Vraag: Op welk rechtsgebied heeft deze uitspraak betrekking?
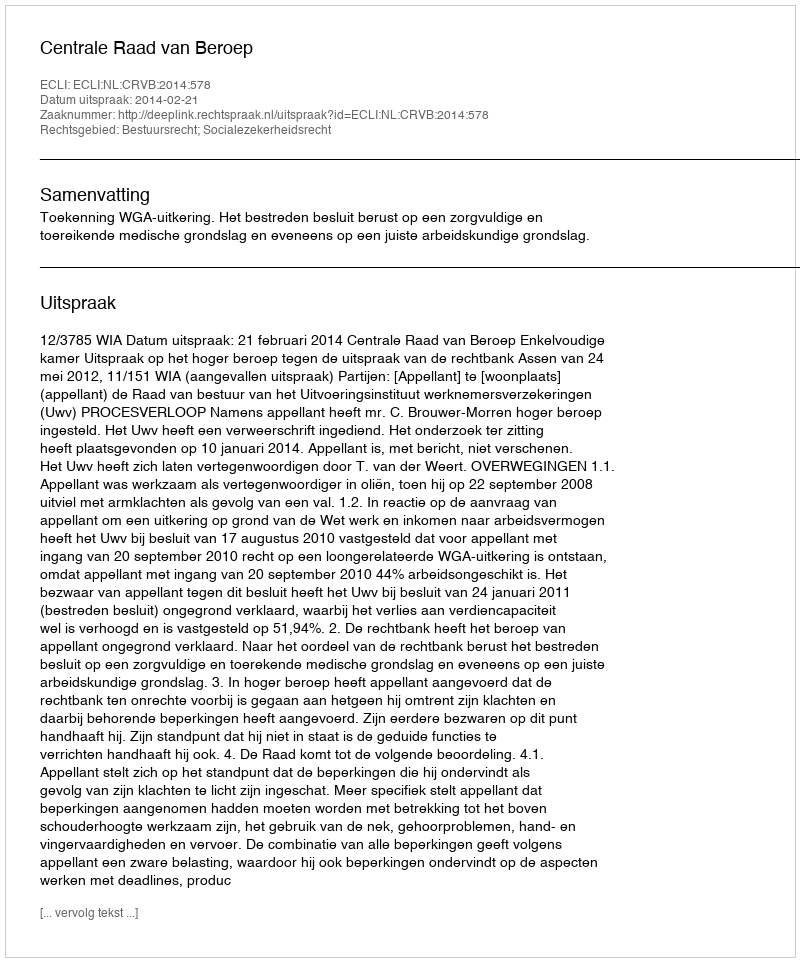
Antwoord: Bestuursrecht; Socialezekerheidsrecht